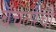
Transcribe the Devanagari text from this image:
बॅचलरची